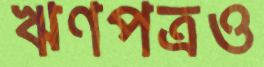
ঋণপত্রও